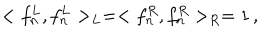
LaTeX: < f _ { n } ^ { L } , f _ { n } ^ { L } > _ { L } = < f _ { n } ^ { R } , f _ { n } ^ { R } > _ { R } = 1 \, ,